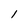
Character: l